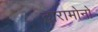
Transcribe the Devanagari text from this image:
द्वारामोनो